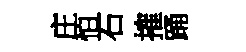
庄怕石搉踊